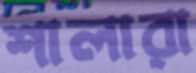
শালারা